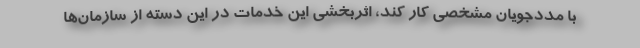
با مددجویان مشخصی کار کند، اثربخشی این خدمات در این دسته از سازمان‌ها